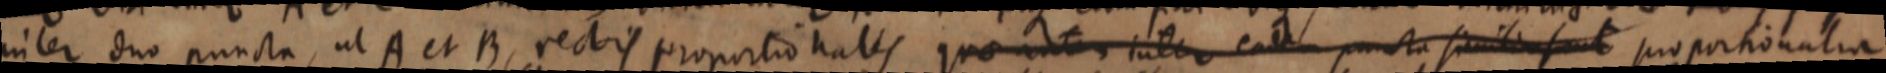
inter duo puncta, ut A et B, rectis proportionalis quae autem inter eadem puncta simili sunt proportionalia